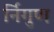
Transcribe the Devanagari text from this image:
र्निगुण